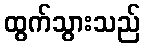
ထွက်သွားသည်